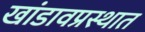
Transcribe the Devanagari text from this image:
खांडावप्रस्थात